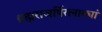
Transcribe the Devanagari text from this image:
ब्रह्मराजर्षिरत्नाढ्यां